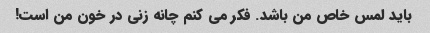
باید لمس خاص من باشد. فکر می کنم چانه زنی در خون من است!